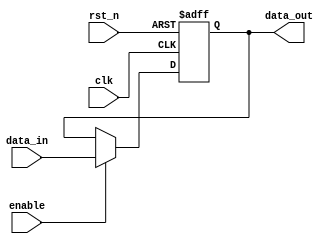
module output_register #(
    parameter DATA_WIDTH = 8  // Parameter for data width, can be adjusted
)(
    input wire clk,            // Clock input
    input wire rst_n,         // Asynchronous active-low reset
    input wire enable,        // Enable signal
    input wire [DATA_WIDTH-1:0] data_in, // Data input
    output reg [DATA_WIDTH-1:0] data_out // Data output
);

// Asynchronous reset and synchronous data capture
always @(posedge clk or negedge rst_n) begin
    if (!rst_n) begin
        // Reset the output to zero
        data_out <= {DATA_WIDTH{1'b0}};
    end else if (enable) begin
        // Capture the input data on the rising edge of the clock
        data_out <= data_in;
    end
    // If enable is low, data_out remains unchanged
end

endmodule